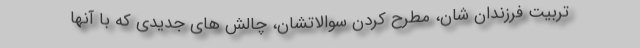
تربیت فرزندان شان، مطرح کردن سوالاتشان، چالش های جدیدی که با آنها